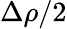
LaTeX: \Delta\rho/2